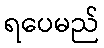
ရပေမည်